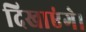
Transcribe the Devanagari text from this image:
दिखाएंगे।